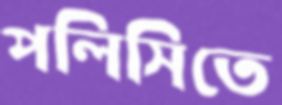
পলিসিতে